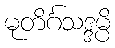
မုတိင်္ဂသဒ္ဒမ္ပိ